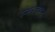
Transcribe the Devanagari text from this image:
स्मरदहन